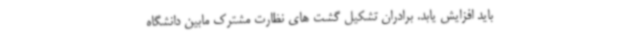
باید افزایش یابد. برادران تشکیل گشت های نظارت مشترک مابین دانشگاه